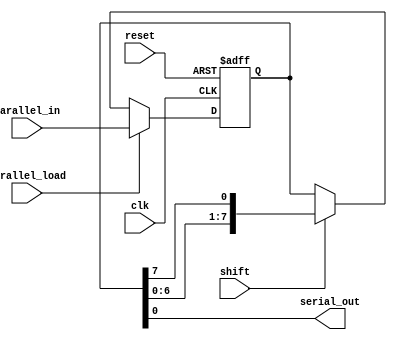
module parallel_in_serial_out_register (
    input wire clk,
    input wire reset,
    input wire parallel_load,
    input wire shift,
    input wire [7:0] parallel_in,
    output reg serial_out
);

reg [7:0] register_data;

always @ (posedge clk or posedge reset) begin
    if (reset) begin
        register_data <= 8'b0;
    end else if (parallel_load) begin
        register_data <= parallel_in;
    end else if (shift) begin
        register_data <= {register_data[6:0], register_data[7]};
    end
end

assign serial_out = register_data[0];

endmodule